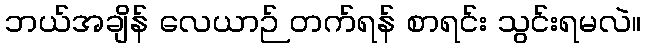
ဘယ်အချိန် လေယာဉ် တက်ရန် စာရင်း သွင်းရမလဲ။